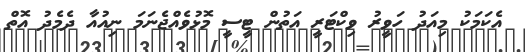
އެކަމަކު މިއަދު ހަވީރު ވިކްޓަރީ އަތުން ޓީސީ މޮޅުވެއްޖެނަމަ ނިއުއާ ދެމެދު އޮތް